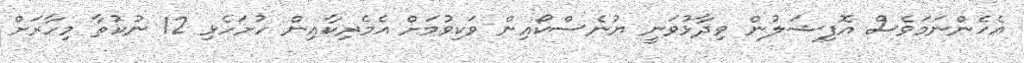
އެހެންނަމަވެސް އޮފިޝަލުން ވިދާޅުވަނީ ޔުނެސްކޯއިން ވަކިވުމަށް އެމެރިކާއިން ހުށަހެޅި 12 ނުކުތާ މިހާރަށް